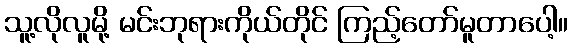
သူ့လိုလူမို့ မင်းဘုရားကိုယ်တိုင် ကြည့်တော်မူတာပေါ့။